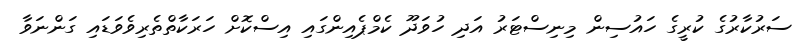
ސަރުކާރުގެ ކުރީގެ ހައުސިން މިނިސްޓަރު އަދި ހުވަދޫ ކެމްޕެއިންގައި އިސްކޮށް ހަރަކާތްތެރިވެވަޑައި ގަންނަވާ